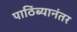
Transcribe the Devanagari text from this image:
पाठिंब्यानंतर